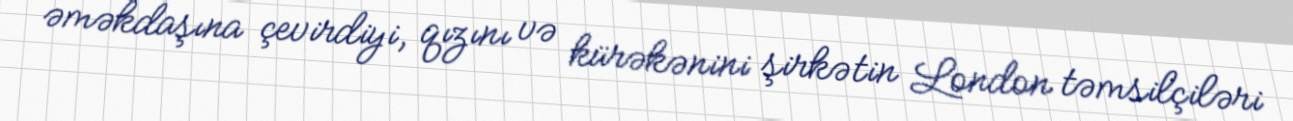
əməkdaşına çevirdiyi, qızını və kürəkənini şirkətin London təmsilçiləri